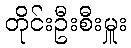
တိုင်းဦးစီးမှူး